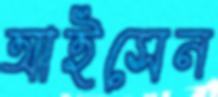
আইসেন